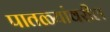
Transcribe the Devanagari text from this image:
पातळ्यांवरील